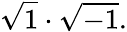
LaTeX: {\sqrt{1}}\cdot{\sqrt{-1}}.